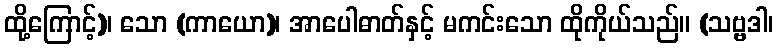
ထို့ကြောင့်)၊ သော (ကာယော)၊ အာပေါဓာတ်နှင့် မကင်းသော ထိုကိုယ်သည်။ (သဗ္ဗဒါ၊